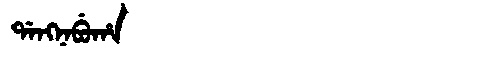
Manchu: ᡩᠠᠩᠨᠠᠪᡠᡥᠠ
Romanization: DANGNABUHA